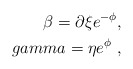
\begin{align*}\beta=\partial \xi e^{-\phi}, \\gamma=\eta e^{\phi} \ ,\end{align*}